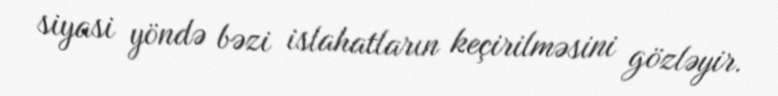
siyasi yöndə bəzi islahatların keçirilməsini gözləyir.